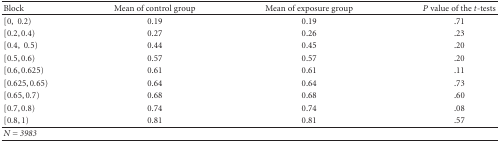
| Block | Mean of control group | Mean of exposure group | P value of the t-tests |
 | --- | --- | --- | --- |
 | [0, 0.2) | 0.19 | 0.19 | .71 |
 | [0.2,0.4) | 0.27 | 0.26 | .23 |
 | [0.4, 0.5) | 0.44 | 0.45 | .20 |
 | [0.5,0.6) | 0.57 | 0.57 | .20 |
 | [0.6,0.625) | 0.61 | 0.61 | .11 |
 | [0.625,0.65) | 0.64 | 0.64 | .73 |
 | [0.65,0.7) | 0.68 | 0.68 | .60 |
 | [0.7,0.8) | 0.74 | 0.74 | .08 |
 | [0.8,1) | 0.81 | 0.81 | .57 |
 | N = 3983 |  |  |  |